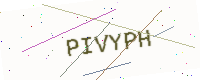
Text: PIVYPH